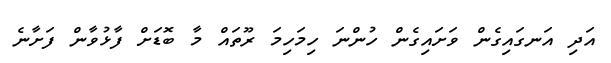
އަދި އަނގައިގެން ވަށައިގެން ހުންނަ ހިމަހިމަ ރޫތައް މާ ބޮޑަށް ފާޅުވާން ފަށާނެ